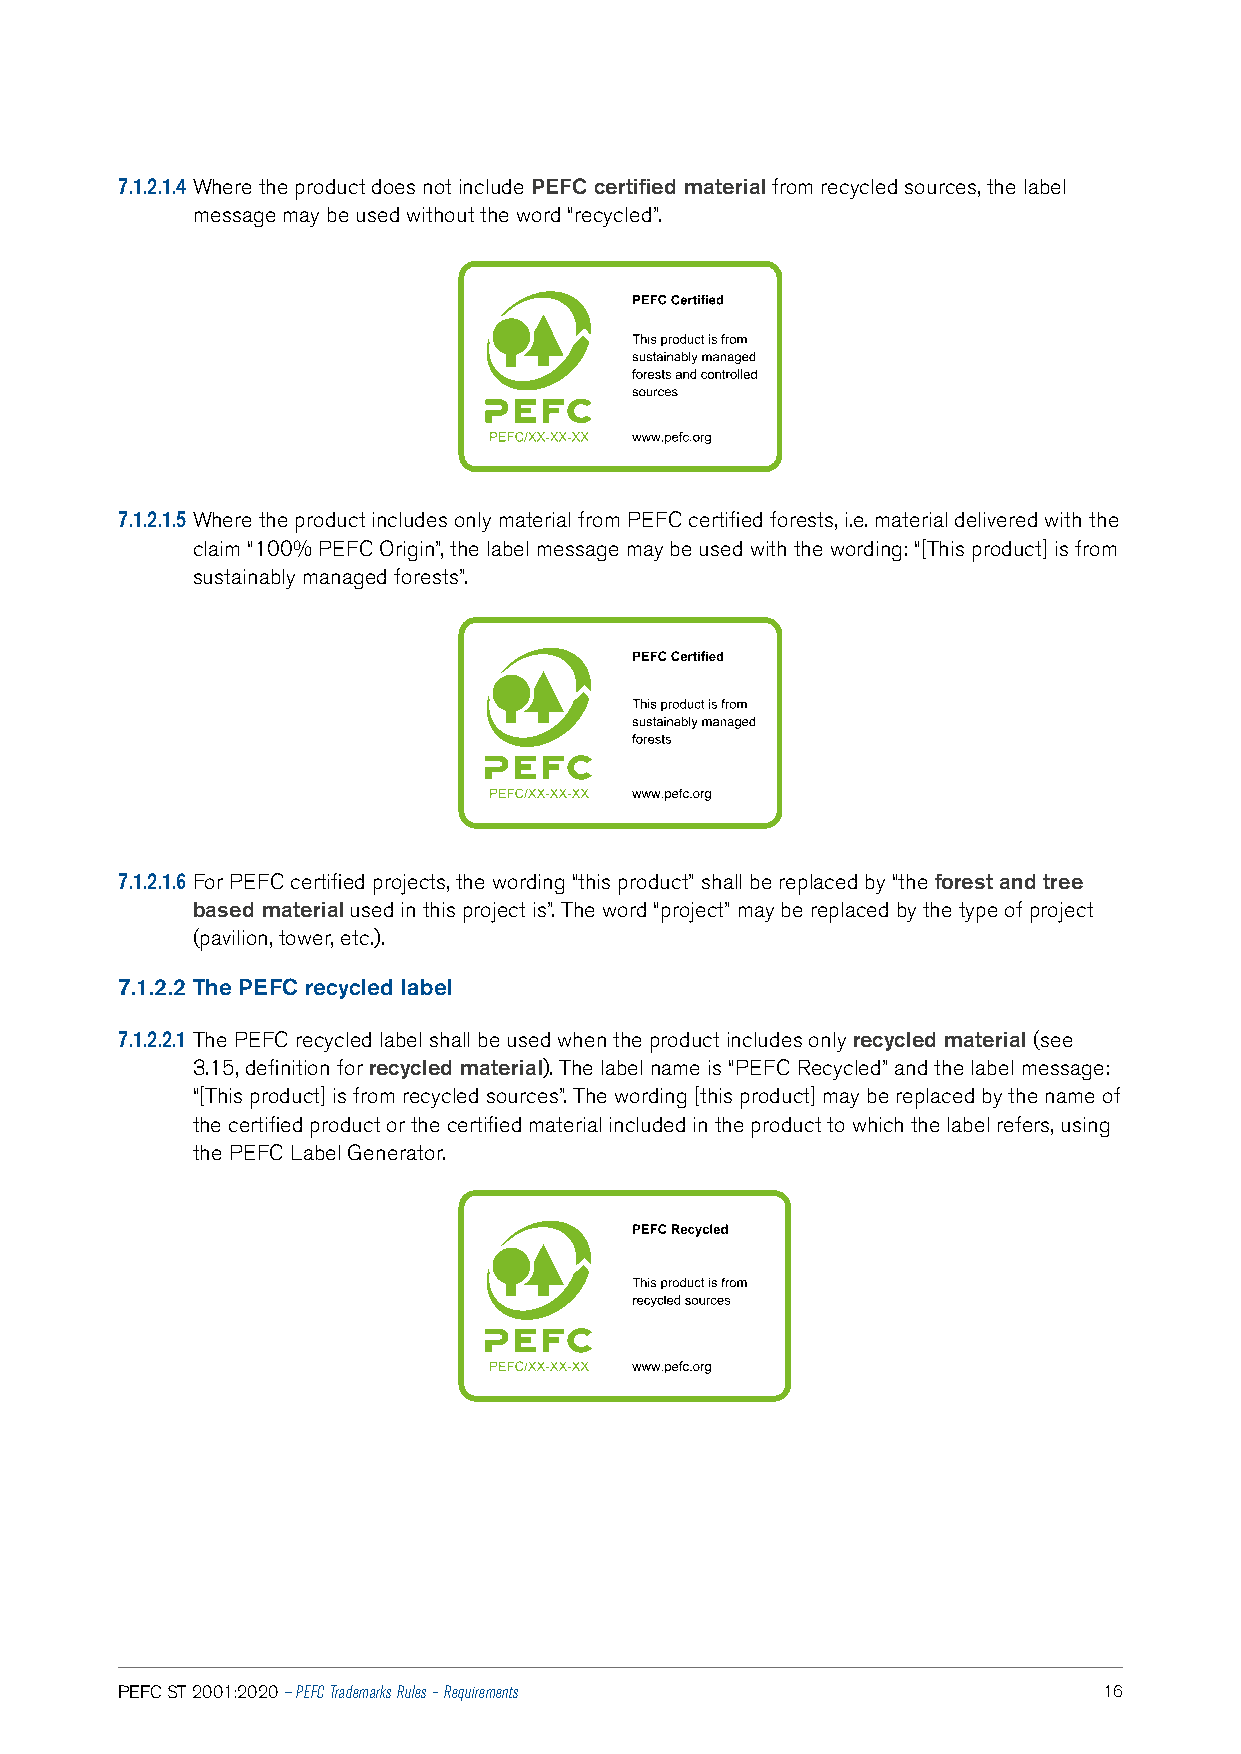
7.1.2.1.4 Where the product does not include PEFC certified material from recycled sources, the label
 message may be used without the word “recycled”.
 7.1.2.1.5 Where the product includes only material from PEFC certified forests, i.e. material delivered with the
 claim “100% PEFC Origin”, the label message may be used with the wording: “[This product] is from
 sustainably managed forests”.
 7.1.2.1.6 For PEFC certified projects, the wording “this product” shall be replaced by “the forest and tree
 based material used in this project is”. The word “project” may be replaced by the type of project
 (pavilion, tower, etc.).
 7.1.2.2 The PEFC recycled label
 7.1.2.2.1 The PEFC recycled label shall be used when the product includes only recycled material (see
 3.15, definition for recycled material). The label name is “PEFC Recycled” and the label message:
 “[This product] is from recycled sources”. The wording [this product] may be replaced by the name of
 the certified product or the certified material included in the product to which the label refers, using
 the PEFC Label Generator.
 PEFC ST 2001:2020 — PEFC Trademarks Rules – Requirements         16